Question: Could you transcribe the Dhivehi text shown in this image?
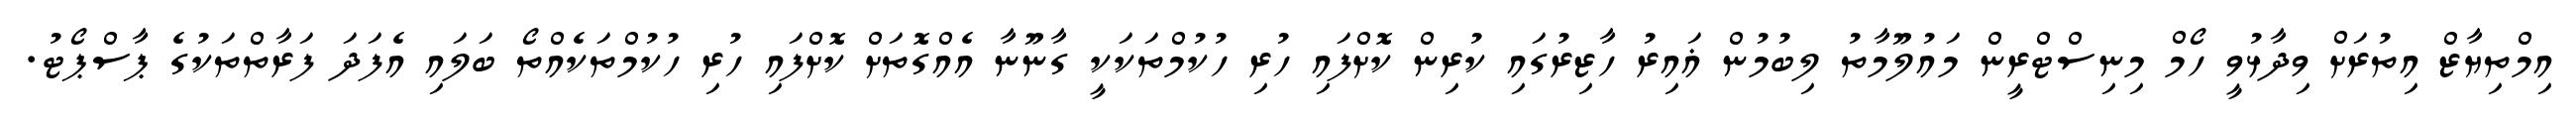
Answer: އިމްތިޔާޒް އިތުރަށް ވިދާޅުވީ ހޯމް މިނިސްޓްރީން މައުލޫމާތު ލިބުމުން ޣައިރު ހާޒިރުގައި ކުރިން ކޮށްފައި ހުރި ހުކުމްތަކަކީ ގާނޫނާ އެއްގޮތަށް ކޮށްފައި ހުރި ހުކުމްތަކެއްތޯ ބަލައި އެފަދަ ފަރާތްތަކުގެ ޕާސްޕޯޓު.